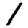
Digit: 1